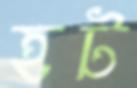
হট